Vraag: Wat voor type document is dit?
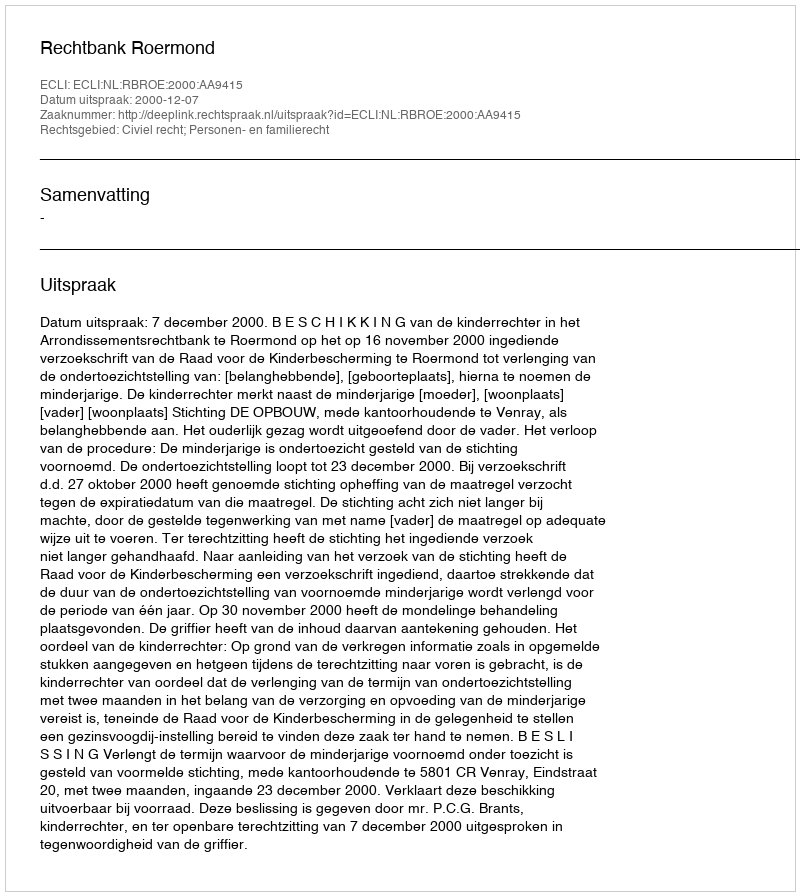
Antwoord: Uitspraak